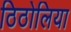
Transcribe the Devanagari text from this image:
ठिठोलिया